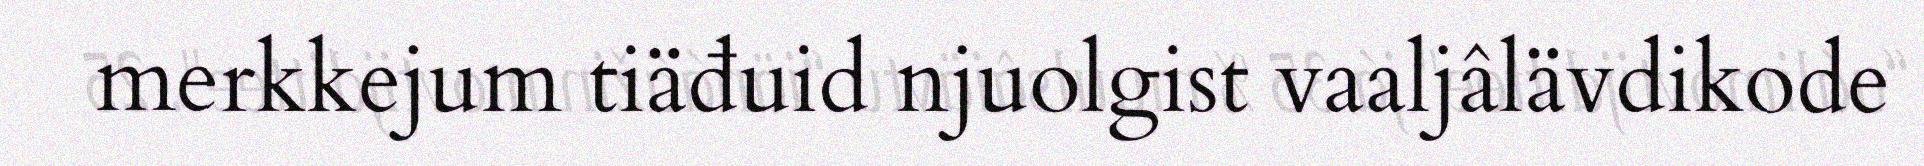
merkkejum tiäđuid njuolgist vaaljâlävdikode